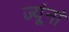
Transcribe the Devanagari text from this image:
ज्यूंनां